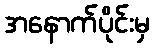
အနောက်ပိုင်းမှ